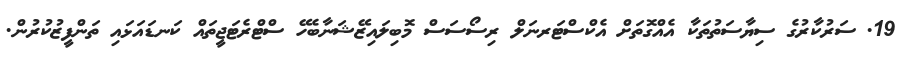
19. ސަރުކާރުގެ ސިޔާސަތުތަކާ އެއްގޮތަށް އެކްސްޓަރނަލް ރިސޯސަސް މޮބިލައިޒޭޝަނާބެހޭ ސްޓްރެޓަޖީތައް ކަނޑައަޅައި ތަންފީޒުކުރުން.